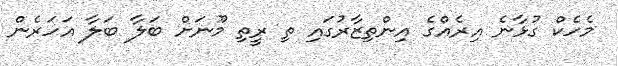
މެހެކް ގުޅާނެ އިރެއްގެ އިންތިޒާރުގައި ތި ރީތި މޫނަށް ބަލާ ބަލާ އަހަރެން